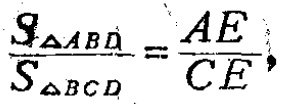
$\frac{S_{\triangle ABD}}{S_{\triangle BCD}}=\frac{AE}{CE},$